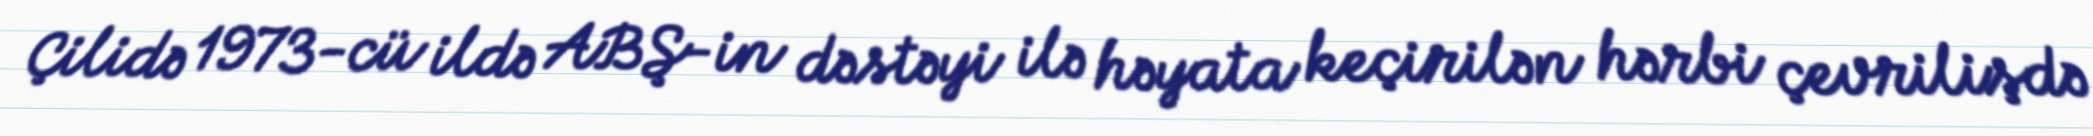
Çilidə 1973-cü ildə ABŞ-in dəstəyi ilə həyata keçirilən hərbi çevrilişdə